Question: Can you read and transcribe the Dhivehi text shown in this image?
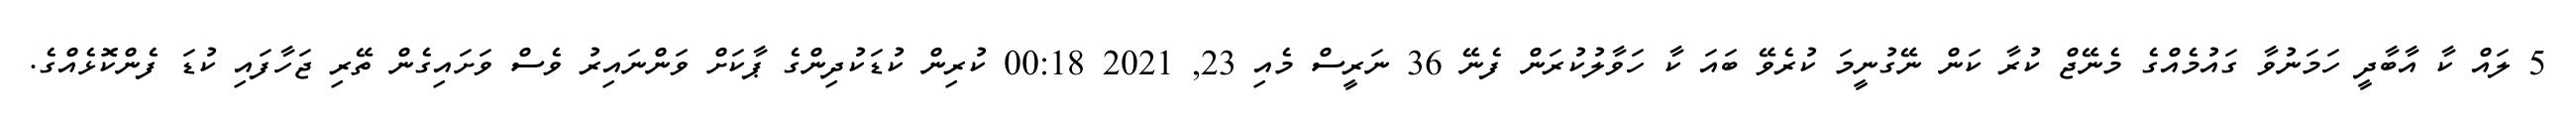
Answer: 5 ލައް ކާ އާބާދީ ހަމަނުވާ ގައުމެއްގެ މެނޭޖް ކުރާ ކަން ނޭގުނީމަ ކުރެވޭ ބައަ ކާ ހަވާލުކުރަން ފެނޭ 36 ނަރީސް މެއި 23, 2021 00:18 ކުރިން ކުޑަކުދިންގެ ޕާކަށް ވަންނައިރު ވެސް ވަށައިގެން ތޭރި ޖަހާފައި ކުޑަ ފެންކޮޅެއްގެ.